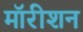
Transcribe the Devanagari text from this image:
मॉरीशन